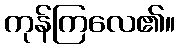
ကုန်ကြလေ၏။